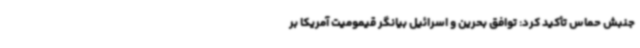
جنبش حماس تأکید کرد: توافق بحرین و اسرائیل بیانگر قیمومیت آمریکا بر